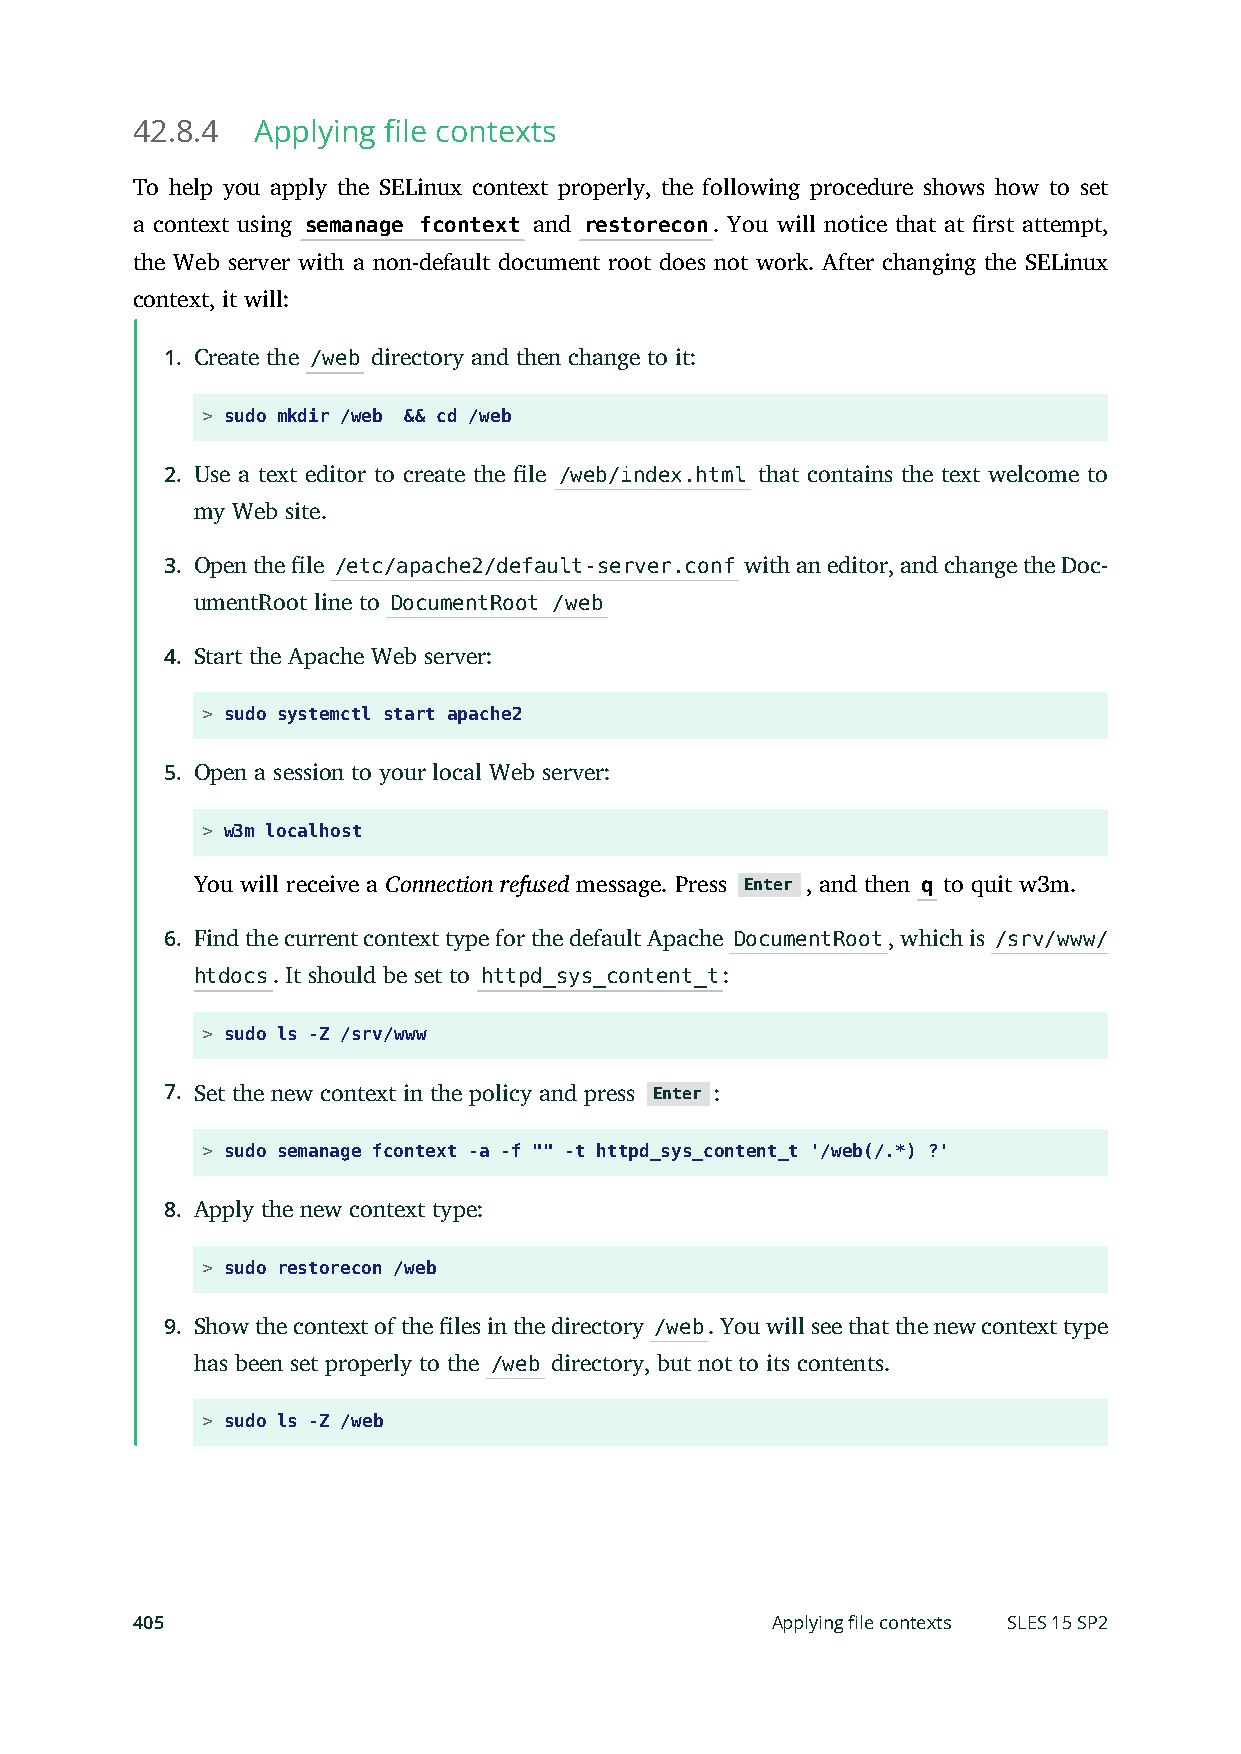
42.8.4  Applying file contexts
 To help you apply the SELinux context properly, the following procedure shows how to set
 a context using semanage fcontext and restorecon. You will notice that at rst attempt,
 the Web server with a non-default document root does not work. After changing the SELinux
 context, it will:
 1. Create the /web directory and then change to it:
 > sudo mkdir /web && cd /web
 2. Use a text editor to create the le /web/index.html that contains the text welcome to
 my Web site.
 3. Open the le /etc/apache2/default-server.conf with an editor, and change the Doc-
 umentRoot line to DocumentRoot /web
 4. Start the Apache Web server:
 > sudo systemctl start apache2
 5. Open a session to your local Web server:
 > w3m localhost
 You will receive a Connection refused message. Press Enter , and then q to quit w3m.
 6. Find the current context type for the default Apache DocumentRoot, which is /srv/www/
 htdocs. It should be set to httpd_sys_content_t:
 > sudo ls -Z /srv/www
 7. Set the new context in the policy and press Enter :
 > sudo semanage fcontext -a -f "" -t httpd_sys_content_t '/web(/.*) ?'
 8. Apply the new context type:
 > sudo restorecon /web
 9. Show the context of the les in the directory /web. You will see that the new context type
 has been set properly to the /web directory, but not to its contents.
 > sudo ls -Z /web
 405                                       Applying file contexts SLES 15 SP2